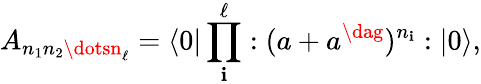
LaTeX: A_{n_{1}n_{2}\dotsn_{\ell}}=\langle0|\prod_{\mathbf{i}}^{\ell}:(a+a^{\dag})^{n_{\mathbf{i}}}:|0\rangle,